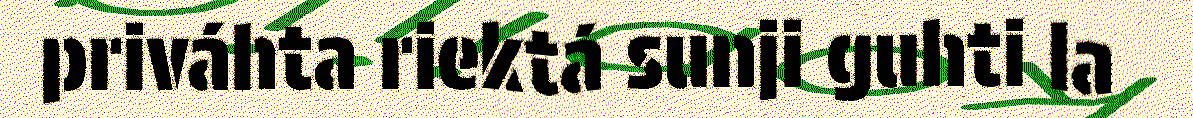
priváhta riektá sunji guhti la